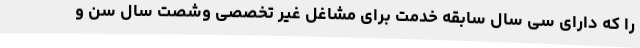
را که دارای سی سال سابقه خدمت برای مشاغل غیر تخصصی وشصت سال سن و